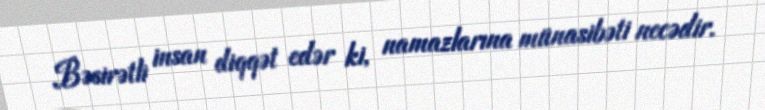
Bəsirətli insan diqqət edər ki, namazlarına münasibəti necədir.